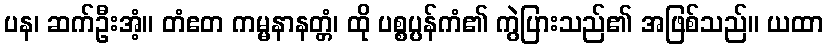
ပန၊ ဆက်ဦးအံ့။ တံဧတ ကမ္မနာနတ္တံ၊ ထို ပစ္စပ္ပန်ကံ၏ ကွဲပြားသည်၏ အဖြစ်သည်။ ယထာ